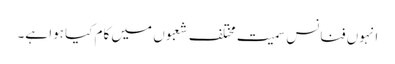
انہوں فنانس سمیت مختلف شعبوں میں کام کیا ہوا ہے۔